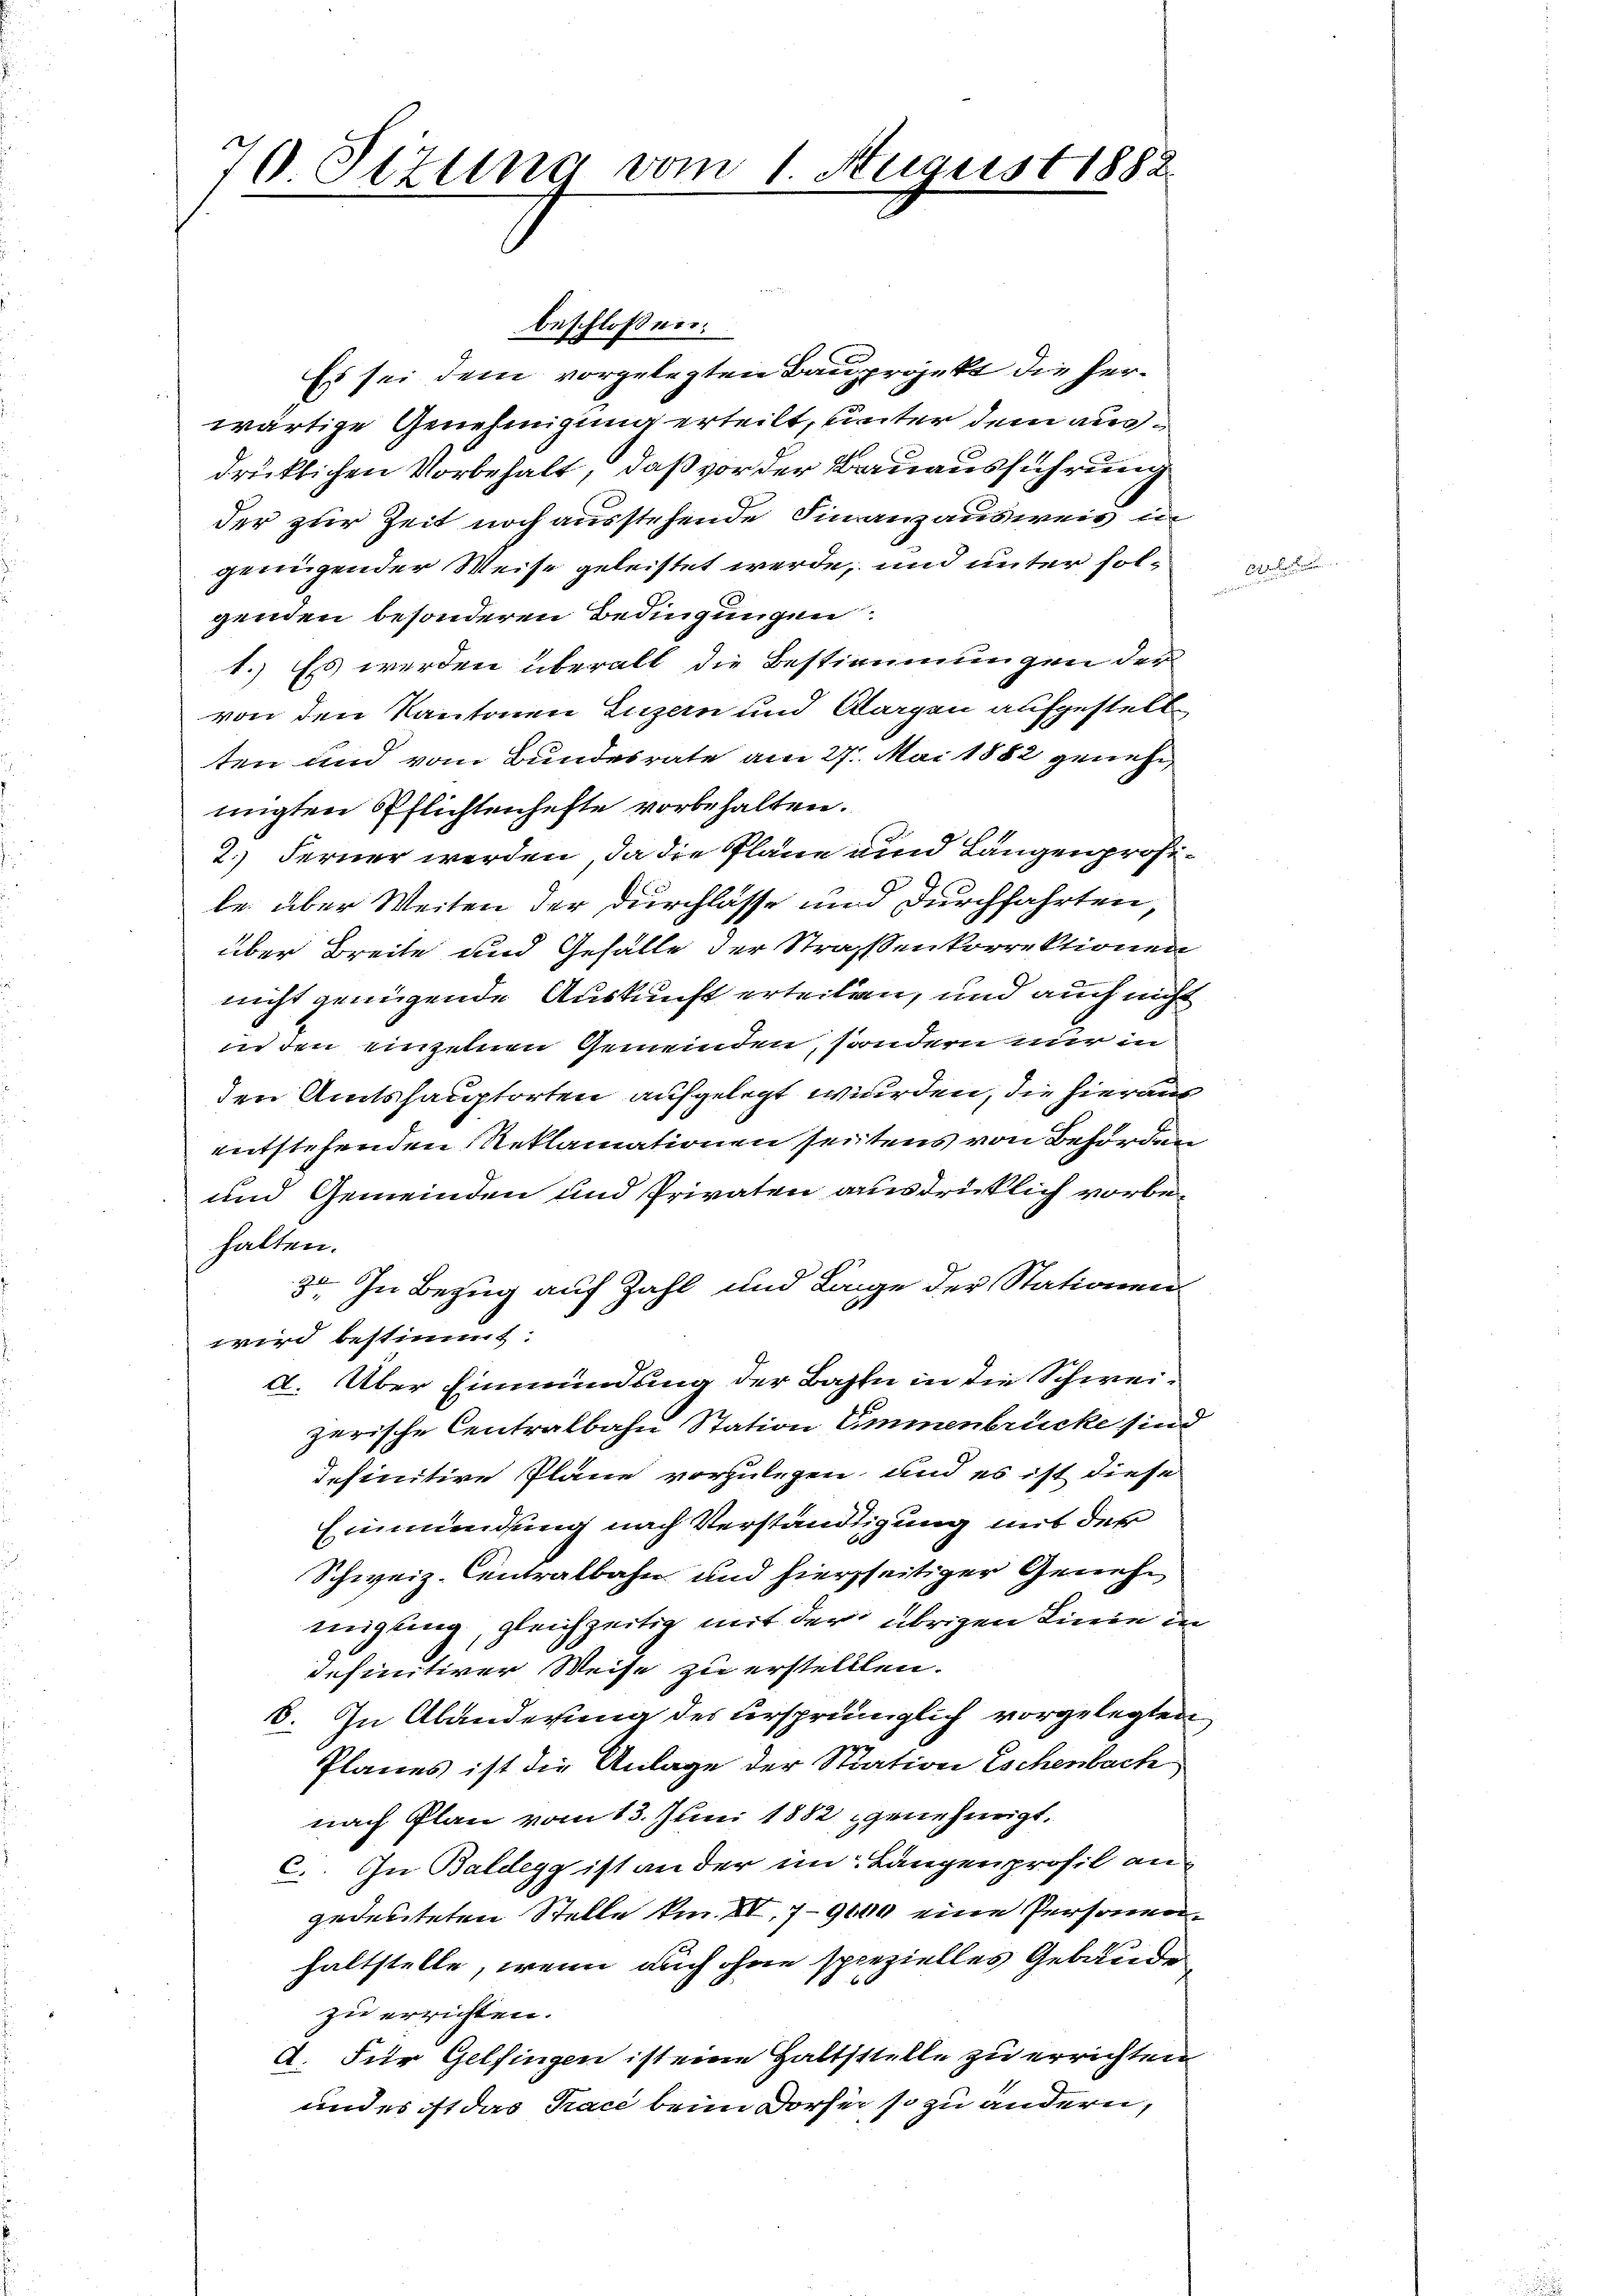
70 Sizung vom 1. August 188

beschlossen:
Es sei dem vorgelegten Bauprojekt die herwärtige Genehmigung erteilt, unter dem ausdrüklichen Vorbehalt, daß vor der Bauausführung
der zur Zeit noch ausstehende Finanzausweis in
genügender Weise geleistet werde, und unter solgenden besonderen Bedingungen
1.) Es werden überall die Bestimmungen der
von den Kantonen Luzern und Aargen aufgestellten und vom Bundesrate am 27. Mai 1882 genehm
nigten Pflichtenhefte vorbehalten.
2.) Ferner werden, da die Pläne und Längenprofile über Weiten der Durchlasse und durchfahrten,
über Breite und Gefälle der Straßenkorrektionen
nicht genügende Auskunft erteilen, und auch nicht
in den einzelnen Gemeinden, sondern nur in
den Amtshauptorten aufgelegt werden, die hieraus
entstehenden Reklamationen seitens von Behörden
und Gemeinden und Privaten ausdrücklich vorbehalten.
2. In Bezug auf Zahl und Lange der Stationen
wird bestimmt:
d. Über Einmündung der Bahln in die Schweizerische Centralbahn Station Emmenbrücke sind
definitive Pläne vorzulegen, und es ist diese
Einmündung nach Verständigung mit der
Schweiz. Centralbahn und hierseitiger Genehmigling, gleichzeitig mit der übrigen Linie in
definitiver Weise zu erstellten.
6. In Abänderung des ursprünglich vorgelegten
Planes ist die Anlage der Station Eschenbach
nach Plan vom 13. Juni 1882 genehmigt.
C. In Baldegg ist an der im Langenprofil angedeuteten Stelle km XI. 79100 eine Personnerhaltstelle, wenn auch ohne spezielles Gebäude,
zu errichten.
A. Für Gelfingen ist eine Haltsstelle zu errichten
und es ist das Pace beim Dorsei, so zu andern,